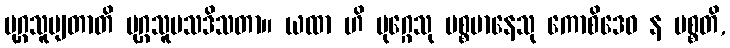
မုဂ္ဂသူပျတာတိ မုဂ္ဂသူပသဒိသတာ။ ယထာ ဟိ မုဂ္ဂေသု ပစ္စမာနေသု ကောစိဒေဝ န ပစ္စတိ,